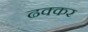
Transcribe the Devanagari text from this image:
ढक्कर